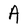
Character: A